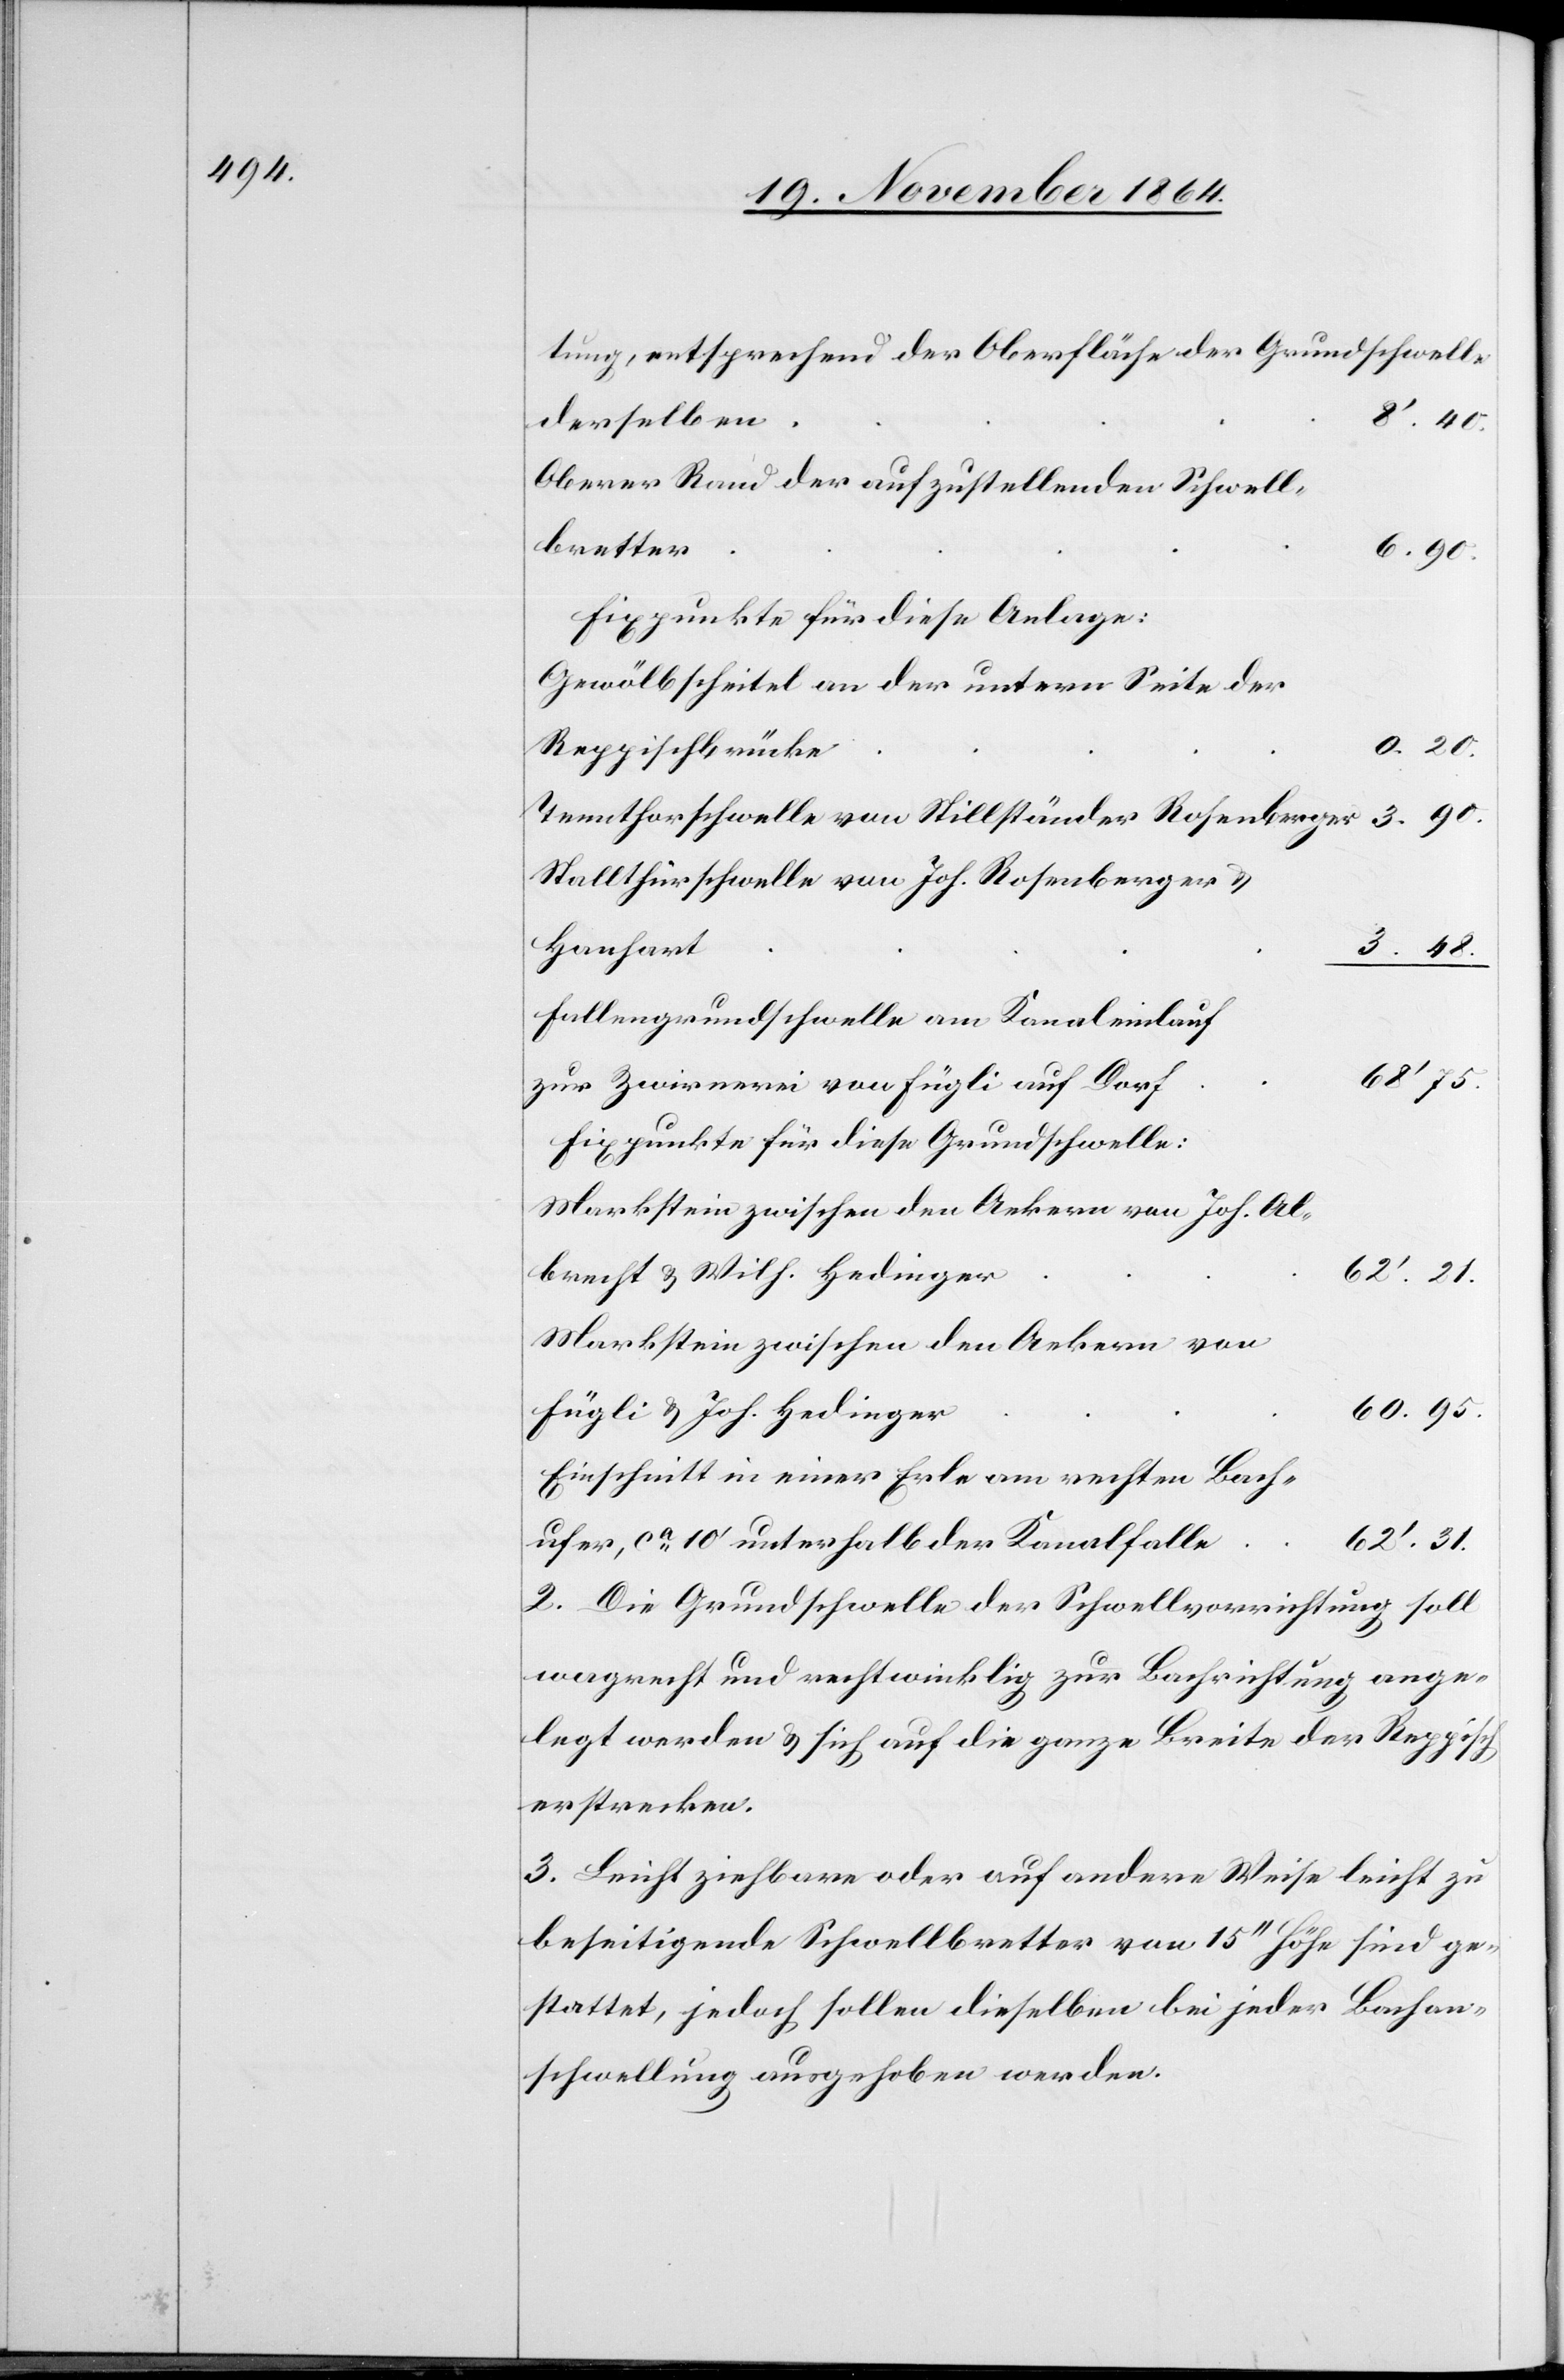
tung, entsprechend der Oberfläche der Grundschwelle
8’.40.
derselben
Oberer Rand der aufzustellenden Schwell¬
bretter
6.90.
Fixpunkte für diese Anlage:
Gewölbscheitel an der untern Seite der
3.90.
Reppischbrücke
Tennthorschwelle von Stillständer Rosenberger
Stallthürschwelle von Joh. Rosenberger &
Hanhart
3.48.
Fallengrundschwelle am Kanaleinlauf
68’ 75.
zur Zwirnerei von Fügli auf Dorf
Fixpunkte für diese Grundschwelle:
Markstein zwischen den Aeckern von Joh. Al¬
brecht & Mith. Hedingen
60.95.
Fügli & Joh. Hedinger
Einschnitt in einer Erle am rechten Bach¬
ufer, ca 10’ unterhalb der Kanalfalle
62’.31
2. Die Grundschwelle der Schwellvorrichtung soll
wa[a]grecht und rechtwinklig zur Bachrichtung ange¬
legt werden & sich auf die ganze Breite der Reppisch
erstrecken.
3. Leicht ziehbare oder auf andere Weise leicht zu
beseitigende Schwellbretter von 15’’ Höhe sind ge¬
stattet, jedoch sollen dieselben bei jeder Bachan¬
schwellung ausgehoben werden.